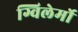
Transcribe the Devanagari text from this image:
ग्विलेर्मो